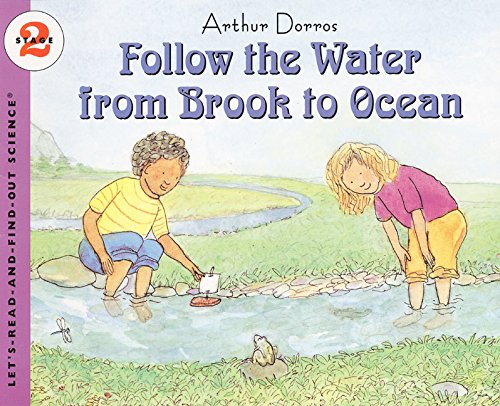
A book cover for Follow the Water from Brook to Ocean (Let's-Read-and-Find-Out Science 2); Arthur Dorros; Children's Books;